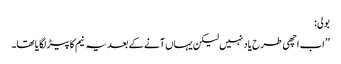
بولی:
’’اب اچھی طرح یاد نہیں لیکن یہاں آنے کے بعد یہ نیم کا پیڑ لگا یا تھا۔